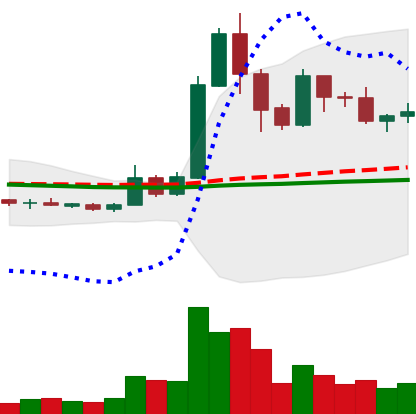
Ticker: XRP-USD
Chart end date: 2019-05-24
Forward return: 15.388%
Label: up_7plus